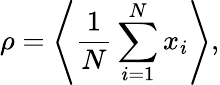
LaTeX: \rho=\left\langle\frac{1}{N}\sum_{i=1}^{N}x_{i}\right\rangle,